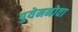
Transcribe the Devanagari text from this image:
पुयेमनोवा